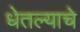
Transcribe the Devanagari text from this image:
धेतल्याचे